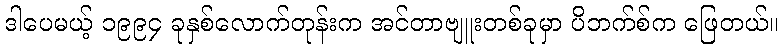
ဒါပေမယ့် ၁၉၉၄ ခုနှစ်လောက်တုန်းက အင်တာဗျူးတစ်ခုမှာ ပိဘက်စ်က ဖြေတယ်။